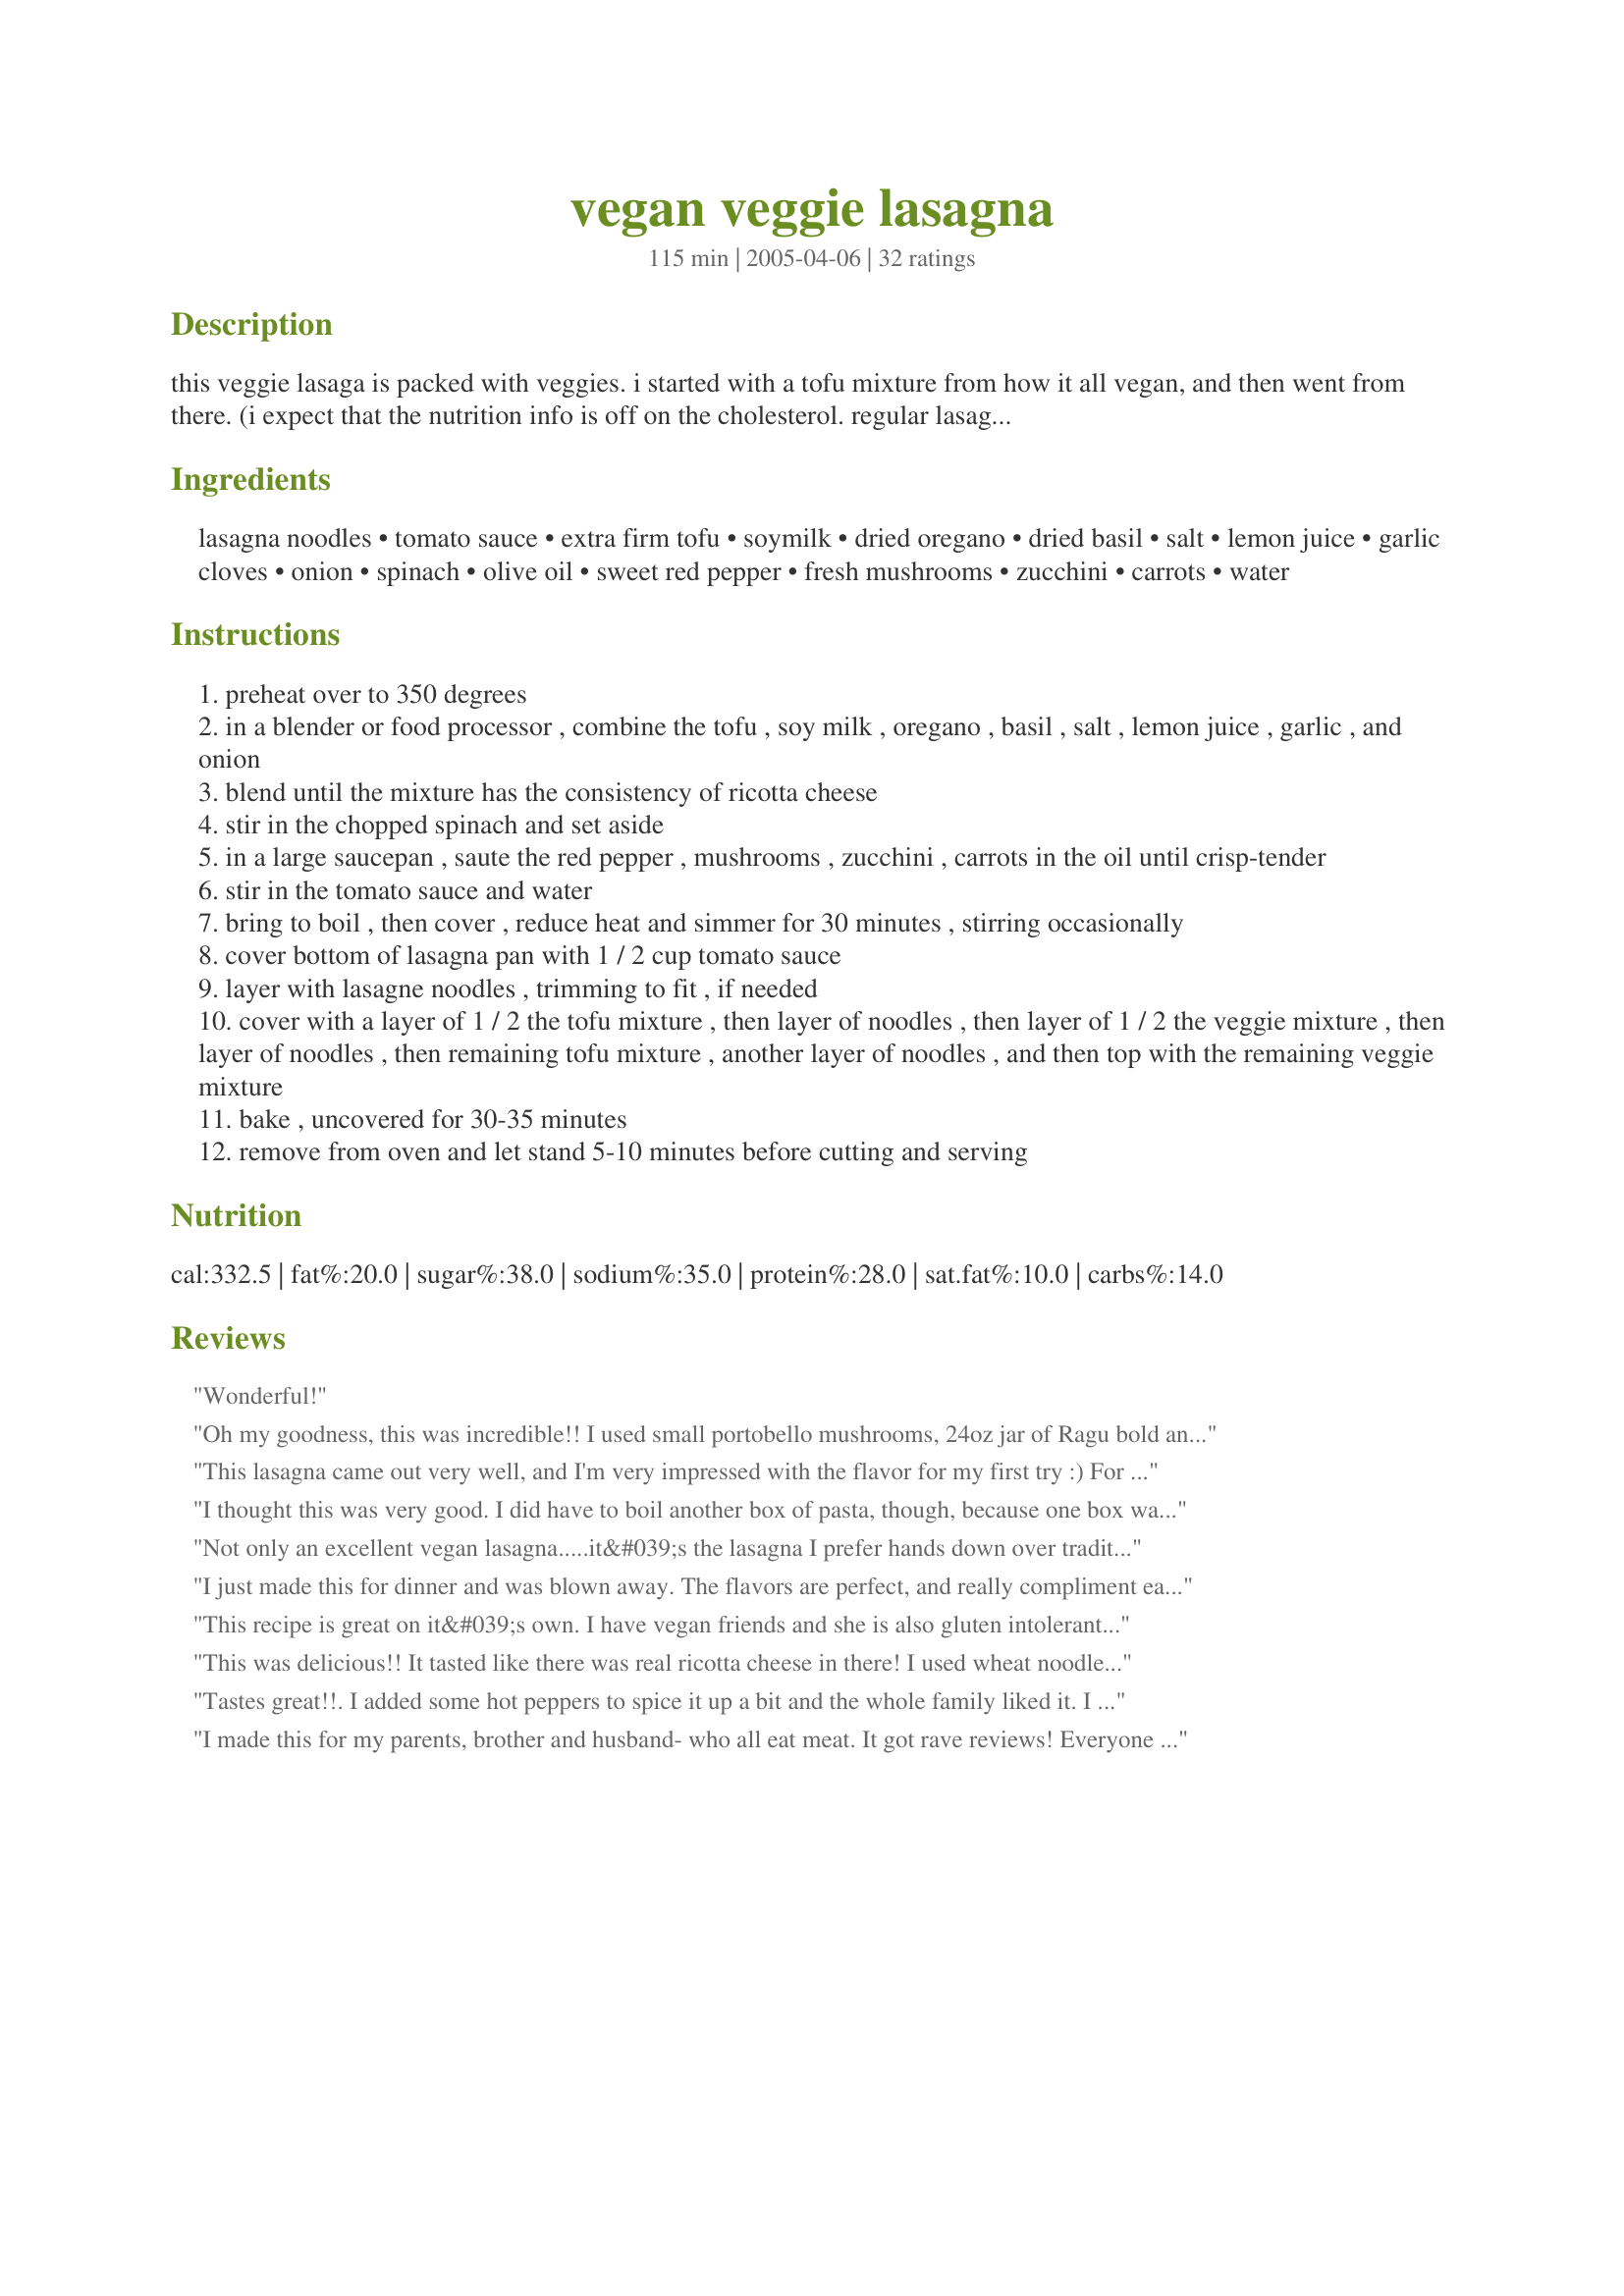
vegan veggie lasagna
Preparation time: 115 minutes

this veggie lasaga is packed with veggies. i started with a tofu mixture from how it all vegan, and then went from there. (i expect that the nutrition info is off on the cholesterol. regular lasagne noodles are vegan, and would have no cholesterol..the zaar nutritional content is showing cholesterol. however, if you use the no-bake lasagne noodles, those are not vegan, so if that is important to you, then keep that in mind.)

Ingredients:
lasagna noodles, tomato sauce, extra firm tofu, soymilk, dried oregano, dried basil, salt, lemon juice, garlic cloves, onion, spinach, olive oil, sweet red pepper, fresh mushrooms, zucchini, carrots, water

Steps:
preheat over to 350 degrees
in a blender or food processor , combine the tofu , soy milk , oregano , basil , salt , lemon juice , garlic , and onion
blend until the mixture has the consistency of ricotta cheese
stir in the chopped spinach and set aside
in a large saucepan , saute the red pepper , mushrooms , zucchini , carrots in the oil until crisp-tender
stir in the tomato sauce and water
bring to boil , then cover , reduce heat and simmer for 30 minutes , stirring occasionally
cover bottom of lasagna pan with 1 / 2 cup tomato sauce
layer with lasagne noodles , trimming to fit , if needed
cover with a layer of 1 / 2 the tofu mixture , then layer of noodles , then layer of 1 / 2 the veggie mixture , then layer of noodles , then remaining tofu mixture , another layer of noodles , and then top with the remaining veggie mixture
bake , uncovered for 30-35 minutes
remove from oven and let stand 5-10 minutes before cutting and serving

Reviews:
Wonderful!
Oh my goodness, this was incredible!! I used small portobello mushrooms, 24oz jar of Ragu bold and spicy &quot;Spicy Italian Style&quot; sauce (2 1/2c) and no water and sprinkled my servings with vegan parmesan and hot red pepper flakes, otherwise everything else was the same. I had 3 pieces and he ate 4! We've been eating vegan for 1 month so always looking for recipes. My husband, who is Italian, was just saying he is starting to miss our regular diet, especially cheeses. After this meal, which he said was the best of everything we've eaten this past month, he's ready to keep going. Thank you and kudos for an awesome meal!
This lasagna came out very well, and I'm very impressed with the flavor for my first try :) For the veggies, I did not use the olive oil in order to reduce the amount of fat in the recipe (which might have taken a little flavor away, but I think it's worth it); I also used a whole 16 oz. of tofu, which made it thicker. When the tofu part baked, it created a nice textured layer across the lasagna. Next time, I think I will add cauliflower and some pepper to give it a little kick. I thought the tomato sauce was a bit thin with the vegetables, but after it cooked in the oven, it was fine. Thank you for a fabulous recipe!
I thought this was very good. I did have to boil another box of pasta, though, because one box was not enough. I decided to leave out the carrots and to julienne the zucchini as well. It looked very pretty. I also added a little red wine to the veggie mixture. Thanks so much for the recipe!
Not only an excellent vegan lasagna.....it&#039;s the lasagna I prefer hands down over traditional! I used prego fresh mushroom sauce with a little honey to sweeten, mushrooms, zucchini , carrots, and arugula b/c it&#039;s what I had on hand.....deeeeelicious!&lt;br/&gt;I also used Barilla no cook lasagna noodles, and covered it while I cooked to be sure the noodles came out. Yummy!
I just made this for dinner and was blown away. The flavors are perfect, and really compliment each other. I didn't use mushrooms (can't stand them!), but added 1 yellow bell pepper, and some frozen corn, and it was perfect. My husband actually thought the tofu mix was ricotta cheese!
This recipe is great on it&#039;s own. I have vegan friends and she is also gluten intolerant. I used this recipe and substituted 4 zucchini sliced with a cheese slicer instead of the pasta and it doesn&#039;t hurt this recipe one bit! Takes 30 minutes longer to cook though. I left out the other 2 zucchini from the veggie mixture.
This was delicious!! It tasted like there was real ricotta cheese in there! I used wheat noodles and added a green pepper but omitted the mushrooms, garlic and olive oil. I think my pan must have been too big as I was only able to do a few layers, so next time I am going to double the recipe so the slices are nice and thick. It reheated well too! I can't wait to make it again :)
Tastes great!!. I added some hot peppers to spice it up a bit and the whole family liked it. I thought we might miss the cheese--not at all. This recipe is definitely a keeper.
I made this for my parents, brother and husband- who all eat meat. It got rave reviews! Everyone went in for seconds, and my husband even had thirds. Yum! I used whole wheat noodles and homemade sauce. The only issue I had was I had measured out 8 oz of noodles from a 14 oz box, and I was short a layer. So Next time I'll make the whole box.
I made this for my carnivore family and it got rave reviews. I used Newman's Own Sockarooni sauce and increased the vegetables a bit because I really like a thick lasagna. It was absolutely wonderful!
WOW! 100x better than meat lasagna. The fake ricotta tasted better than the real stuff!!! I used all the ingredients, but instead of soymilk I used normal skim milk. With the veggies I used 1 tbls of oil, which was perfect. Enhanced the flavors w/o having an oily taste and lower calorie. For the noodles I let them soak for only a few mins (I hate soggy lasagna). Used 1/4 pound mushrooms and 3 zucchinis. I wanted it saucy so instead of simmering it the whole time, half the time was on medium heat with lid. It came out a lot thicker, which I liked a lot more. You weren't lying when you said you need 2+ hours. Well worth the trouble. My brother was fooled by the "riccota" and he even said it was the best he ever had. He never compliments me
I was really back and forth on this with each bite. It is good and some bites were great. But at times the &quot;ricotta&quot; tasted and had a feel of faux ricotta. Edible but not something I will be eager to share.
Great recipe. Another thing to try - sometimes I substitute whole raw swiss chard leaves for the pasta. The layers remain intact, it is a lighter meal, super flavorful! Just make sure to take the bigger, tougher part of the stem off....
This was great. I did not have tofu so I used riccotta cheese and left out the lemon juice and milk. I cooked the onion in the microwave before adding. I topped the lasagne with soy cheese. It was a bit of work but worth it. Thanks for the recipe
Loved it! Didn't use tofu or oil, or soymilk.
This was very tasty and nutritious. I didn't have a ready-made pasta sauce, so I used a couple of tins of tomatoes and whizzed them up with my hand blender. I also left out the salt because I wanted to give some to my 9 month old (and she wolfed it down!) I like recipes which can be made earlier in the day and stuck into the oven later on, and lasagne always fits the bill.
Wonderful! I made a half recipe for my vegan daughter and I wish I had made a full pan. The ricotta substitute is just delicious, and the veggies are so flavorful! Much healthier too. And by the way, she loved it! Thanks Ms Bindy.
I made this just as posted for my vegan friend. We all loved it-- most pleased with the great flavors. thanks for posting!
This was fantastic! I was very impressed by the consistency of the tofu/soy mix and how much it resembled ricotta. The only thing I did differently was use whole wheat noodles, which I soaked first before baking. Consequently I also used different sauce to water amounts (according to the package), but it still turned out wonderfully. :)<br/>UPDATE - I made this again with no-boil noodles, and the top noodles were a bit too crispy. Next time, I'll cover the dish with foil for the first 15 min.
Amazing! I'm in love with this recipe! It was the first time making a lasagna and i was amazed by the tofu mixture. My additional veggies were broccoli and cauliflower. Thank you for posting this!
Yum! Even my husband loved it (I did put cheese on half. He loves me but there are limits.) I added squash, 2 more gloves of garlic, oregano, parsley, salt and basil (1tsp or so of each) to the veggies. To the tofu mixture I added parsley. I think the next time I make this i will double the tofu mixture because yum.
Divine! Having 2 little people under 4-to feed, I always add as many veggies add I can to my tomato sauce... eggplant has become a firm favourite! For the tofu mix, I added a couple of tablespoons of nutritional yeast and it was magic ? I've also done both with and without a cheesy topping.. in this case I used the &quot;Follow Your Heart&quot; mozzarella as it is super creamy and melts really well. Thankyou for this recipe... it's bedtime a favourite in our home x
I like this a lot. My first time making a lasagna of any kind and I would have to say it turned out good. I did use more veggies than recommened, and I used my own homemade marinara sauce. With my sauce I think it gave it more flavor! I also sauted my veggies in a roasted garlic olive oil and uses half the amount recommened. It turned out great.
I mixed together the tofu, and veggie mixture in a sauce pan and put it on spaghetti. It was delicious. :D
Followed ingredients exactly, though I was able to find vegan no-cook lasagna noodles. I followed the directions for baking on the box of noodles rather than the directions givien here and it was awesome! I used Muir Glen roasted garlic sauce. This may be the best lasagna I've ever made! Thanks for sharing!
Super!!!!!!
This was so scrumptious! I only made a half recipe, just in case it wasn't a hit, but now I wish I had just gone ahead and made the whole pan. I didn't use the zucchini or the mushrooms (forgot to get zucchini last time at the market and I don't like mushrooms), but added extra onions, carrots, and peppers. I also added crushed red pepper for a bit of heat and Field Roast's Veggie Italian Sausage (just one to a half recipe so probably around 2 for the full recipe) to the veggie mixture. Because I don't normally carry soy milk in the house, I used almond milk, but it didn't seem to make a difference and often doesn't in many recipes. I used brown rice lasagna noodles that went just perfectly with all the flavors. Just remember to cook the noodles for around 2 minutes less than the time on the package and lay them out on a plate or pan while preparing the layers or they get a little stuck together and harder to manage. I have never been that crazy about ricotta cheese in lasagna (even before my vegan lifestyle), but this tofu/spinach mixture was much lighter and tastier, in my opinion. I can imagine this will be the most delicious leftovers tomorrow:)
Absolutely delicious!
I've finally found the perfect vegan lasagna! I love this recipe. Thanks so much for posting it!
Wow! This really was surprisingly good! I haven't tried lasagna since going vegan, but the tofu mix is actually a very good sub for ricotta, and the veggies make it nice & chunky (we used mushrooms, zucchini, and onion). I was going to try it with Daiya on top but ran out of money ... next time.
Good recipe. I think next time I'll do more of the tofu mixture (so good). I only did 12 oz of tofu so that could have lead to not feelin there was enough. Next time I'll just get the 16-oz of firm tofu... When I was simmering the veggies/sauce I thought it was too thin so I took the lid off for the last 5-10 minutes which was a mistake cause in the end the lasagna turned out somewhat dry. I also used oven ready noodles, so I did tin foil for the first 20 minutes. But great flavor, the lemon in the tofu mix added a nice zing.
